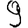
Digit: 9